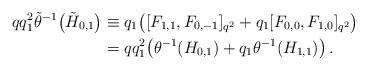
LaTeX: \begin{align*}qq_1^2\tilde\theta^{-1}\bigl(\tilde H_{0,1}\bigr)&\equiv q_1\bigl([F_{1,1},F_{0,-1}]_{q^{2}}+q_1[F_{0,0},F_{1,0}]_{q^{2}}\bigr)\\&=qq_1^2\bigl(\theta^{-1}(H_{0,1})+q_1\theta^{-1}(H_{1,1})\bigr)\,.\end{align*}